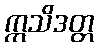
ဣသိဒတ္တ